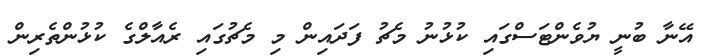
އޭނާ ބުނީ ޔުވެންޓަސްގައި ކުޅުނު މެޗު ފަދައިން މި މެޗުގައި ރެއާލްގެ ކުޅުންތެރިން